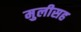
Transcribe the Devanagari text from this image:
मुलीसह